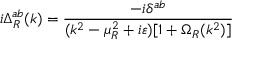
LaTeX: i \Delta _ { R } ^ { a b } ( k ) = \frac { - i \delta ^ { a b } } { ( k ^ { 2 } - \mu _ { R } ^ { 2 } + i \varepsilon ) [ 1 + \Omega _ { R } ( k ^ { 2 } ) ] }